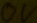
Text: 0V